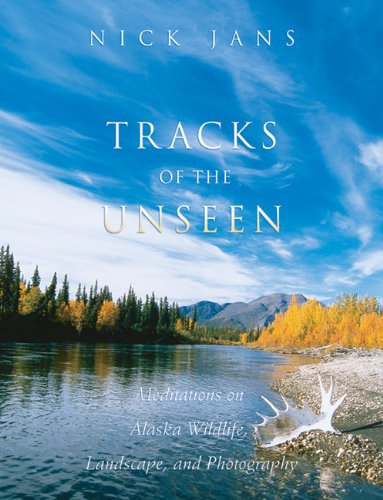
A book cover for Tracks of the Unseen: Meditations on Alaska Wildlife, Landscape, and Photography; Nick Jans; Travel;